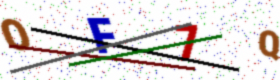
Text: OF7Q